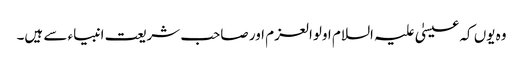
وہ یوں کہ عیسیٰ علیہ السلام اولوالعزم اور صاحب شریعت انبیاء سے ہیں۔